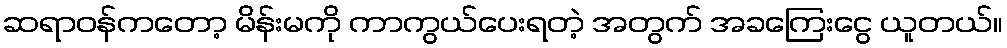
ဆရာဝန်ကတော့ မိန်းမကို ကာကွယ်ပေးရတဲ့ အတွက် အခကြေးငွေ ယူတယ်။